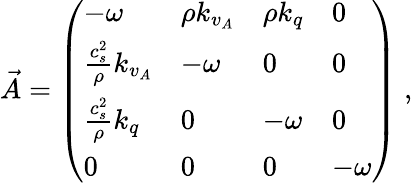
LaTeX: \vec{A}=\left(\begin{array}{llll}{-{\omega}}&{\rho k_{v_{A}}}&{\rho k_{q}}&{0}\\ {\frac{c_{s}^{2}}{\rho}k_{v_{A}}}&{-{\omega}}&{0}&{0}\\ {\frac{c_{s}^{2}}{\rho}k_{q}}&{0}&{-{\omega}}&{0}\\ {0}&{0}&{0}&{-{\omega}}\end{array}\right)\; ,